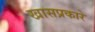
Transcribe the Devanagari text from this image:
खासप्रकारे